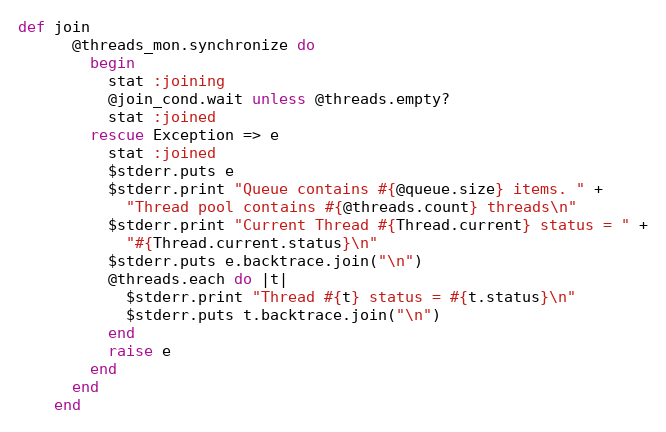
Language: Ruby
def join
      @threads_mon.synchronize do
        begin
          stat :joining
          @join_cond.wait unless @threads.empty?
          stat :joined
        rescue Exception => e
          stat :joined
          $stderr.puts e
          $stderr.print "Queue contains #{@queue.size} items. " +
            "Thread pool contains #{@threads.count} threads\n"
          $stderr.print "Current Thread #{Thread.current} status = " +
            "#{Thread.current.status}\n"
          $stderr.puts e.backtrace.join("\n")
          @threads.each do |t|
            $stderr.print "Thread #{t} status = #{t.status}\n"
            $stderr.puts t.backtrace.join("\n")
          end
          raise e
        end
      end
    end